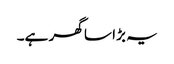
یہ بڑا سا گھر ہے۔